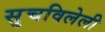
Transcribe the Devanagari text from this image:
सुचविलेली